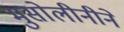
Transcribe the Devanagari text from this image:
मुसोलीनीने